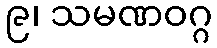
၉၊ သမဏဝဂ္ဂ